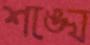
শঙ্খে